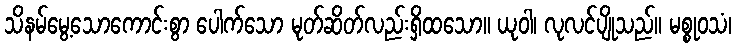
သိနမ်မွေ့သောကောင်းစွာ ပေါက်သော မုတ်ဆိတ်လည်းရှိထသော။ ယုဝါ၊ လုလင်ပျိုသည်။ မစ္စုဝသံ၊